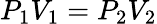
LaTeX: P_{1}V_{1}=P_{2}V_{2}